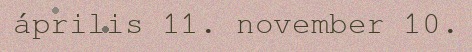
április 11. november 10.